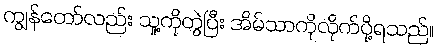
ကျွန်တော်လည်း သူ့ကိုတွဲပြီး အိမ်သာကိုလိုက်ပို့ရသည်။